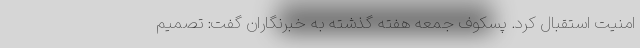
امنیت استقبال کرد. پسکوف جمعه هفته گذشته به خبرنگاران گفت: تصمیم